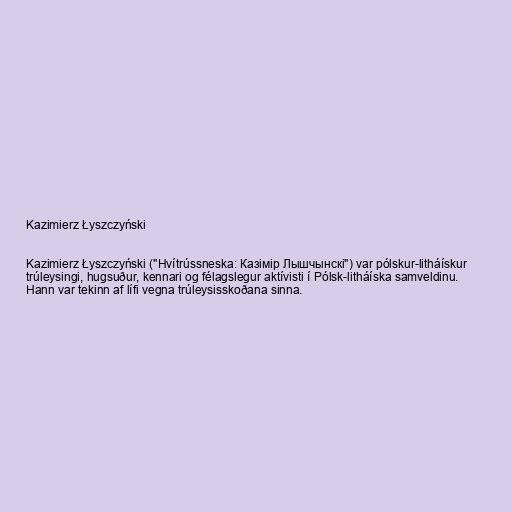
Kazimierz Łyszczyński

Kazimierz Łyszczyński ("Hvítrússneska: Казімір Лышчынскі") var pólskur-litháískur
trúleysingi, hugsuður, kennari og félagslegur aktívisti í Pólsk-litháíska samveldinu.
Hann var tekinn af lífi vegna trúleysisskoðana sinna.